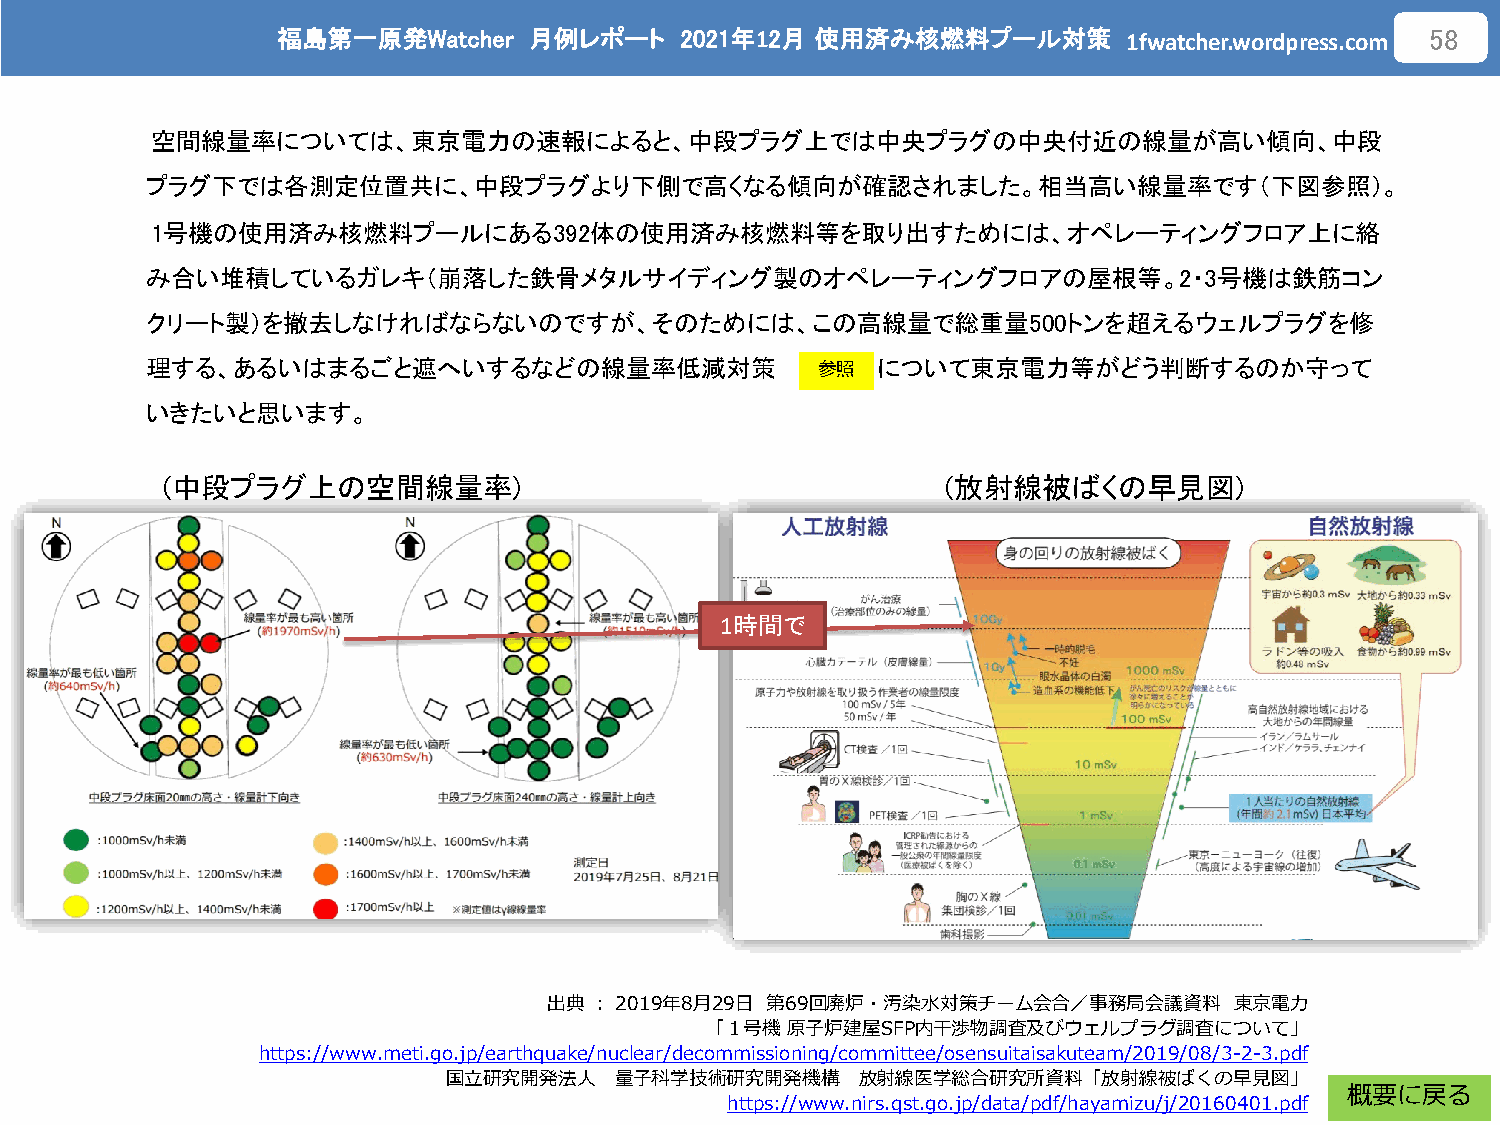
福島第一原発Watcher    月例レポート    2021年12月 使用済み核燃料プール対策
 1fwatcher.wordpress.com
 58
 空間線量率については、東京電力の速報によると、中段プラグ上では中央プラグの中央付近の線量が高い傾向、中段
 プラグ下では各測定位置共に、中段プラグより下側で高くなる傾向が確認されました。相当高い線量率です（下図参照）。
 1号機の使用済み核燃料プールにある392体の使用済み核燃料等を取り出すためには、オペレーティングフロア上に絡
 み合い堆積しているガレキ（崩落した鉄骨メタルサイディング製のオペレーティングフロアの屋根等。2・3号機は鉄筋コン
 クリート製）を撤去しなければならないのですが、そのためには、この高線量で総重量500トンを超えるウェルプラグを修
 理する、あるいはまるごと遮へいするなどの線量率低減対策                     について東京電力等がどう判断するのか守って
 参照
 いきたいと思います。
 (中段プラグ上の空間線量率)                                      (放射線被ばくの早見図)
 1時間で
 出典：2019年8月29日  第69回廃炉・汚染水対策チーム会合／事務局会議資料      東京電力
 「１号機原子炉建屋SFP内干渉物調査及びウェルプラグ調査について」
 https://www.meti.go.jp/earthquake/nuclear/decommissioning/committee/osensuitaisakuteam/2019/08/3-2-3.pdf
 国立研究開発法人   量子科学技術研究開発機構    放射線医学総合研究所資料「放射線被ばくの早見図」
 概要に戻る
 https://www.nirs.qst.go.jp/data/pdf/hayamizu/j/20160401.pdf